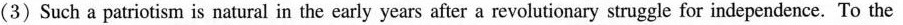
(3)Such a patriotism is natural in the early years after a revolutionary struggle for independence. To the